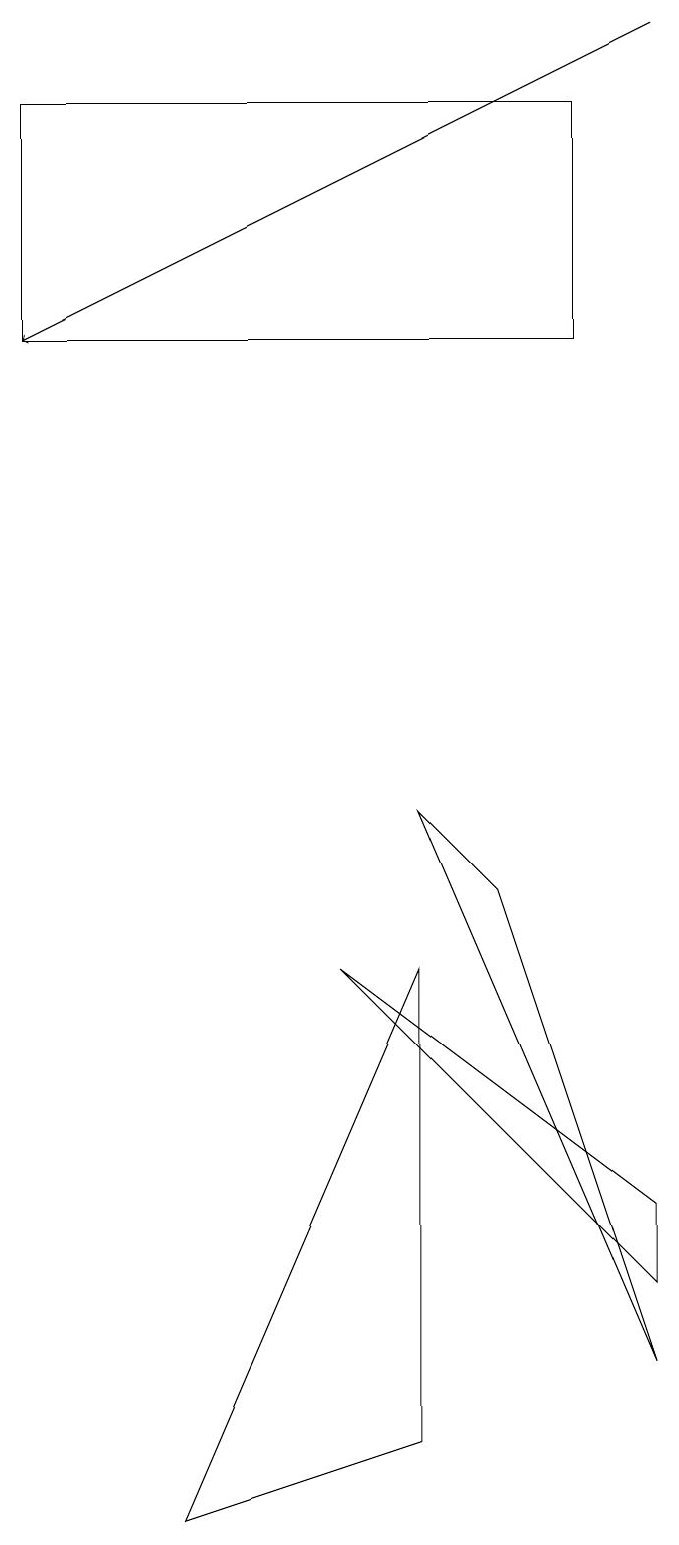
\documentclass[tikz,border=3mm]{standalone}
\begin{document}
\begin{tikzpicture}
\draw (2,0) -- (5,7) -- (5,1) -- cycle;
\draw[->] (8,19) -- (0,15);
\draw (0,18) rectangle (7,15);
\draw (8,3) -- (4,7) -- (8,4) -- cycle;
\draw (5,9) -- (8,2) -- (6,8) -- cycle;
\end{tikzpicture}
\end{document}